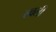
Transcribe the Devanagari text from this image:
ल्वली